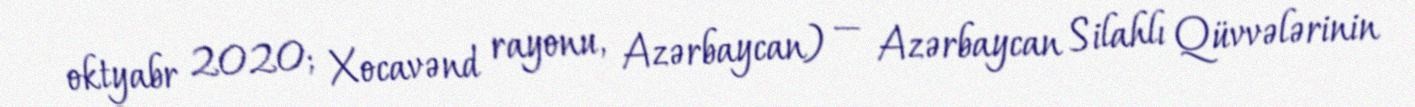
oktyabr 2020; Xocavənd rayonu, Azərbaycan) — Azərbaycan Silahlı Qüvvələrinin